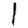
Digit: 1